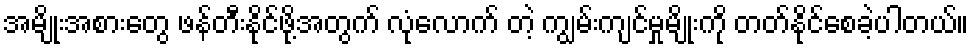
အမျိုးအစားတွေ ဖန်တီးနိုင်ဖို့အတွက် လုံလောက် တဲ့ ကျွမ်းကျင်မှုမျိုးကို တတ်နိုင်စေခဲ့ပါတယ်။